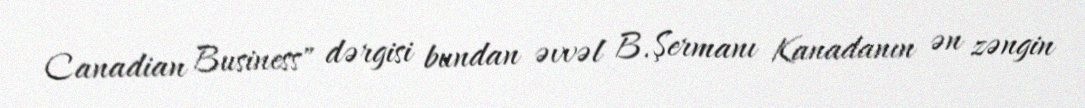
Canadian Business" dərgisi bundan əvvəl B.Şermanı Kanadanın ən zəngin